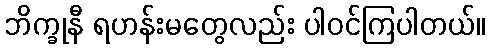
ဘိက္ခုနီ ရဟန်းမတွေလည်း ပါဝင်ကြပါတယ်။